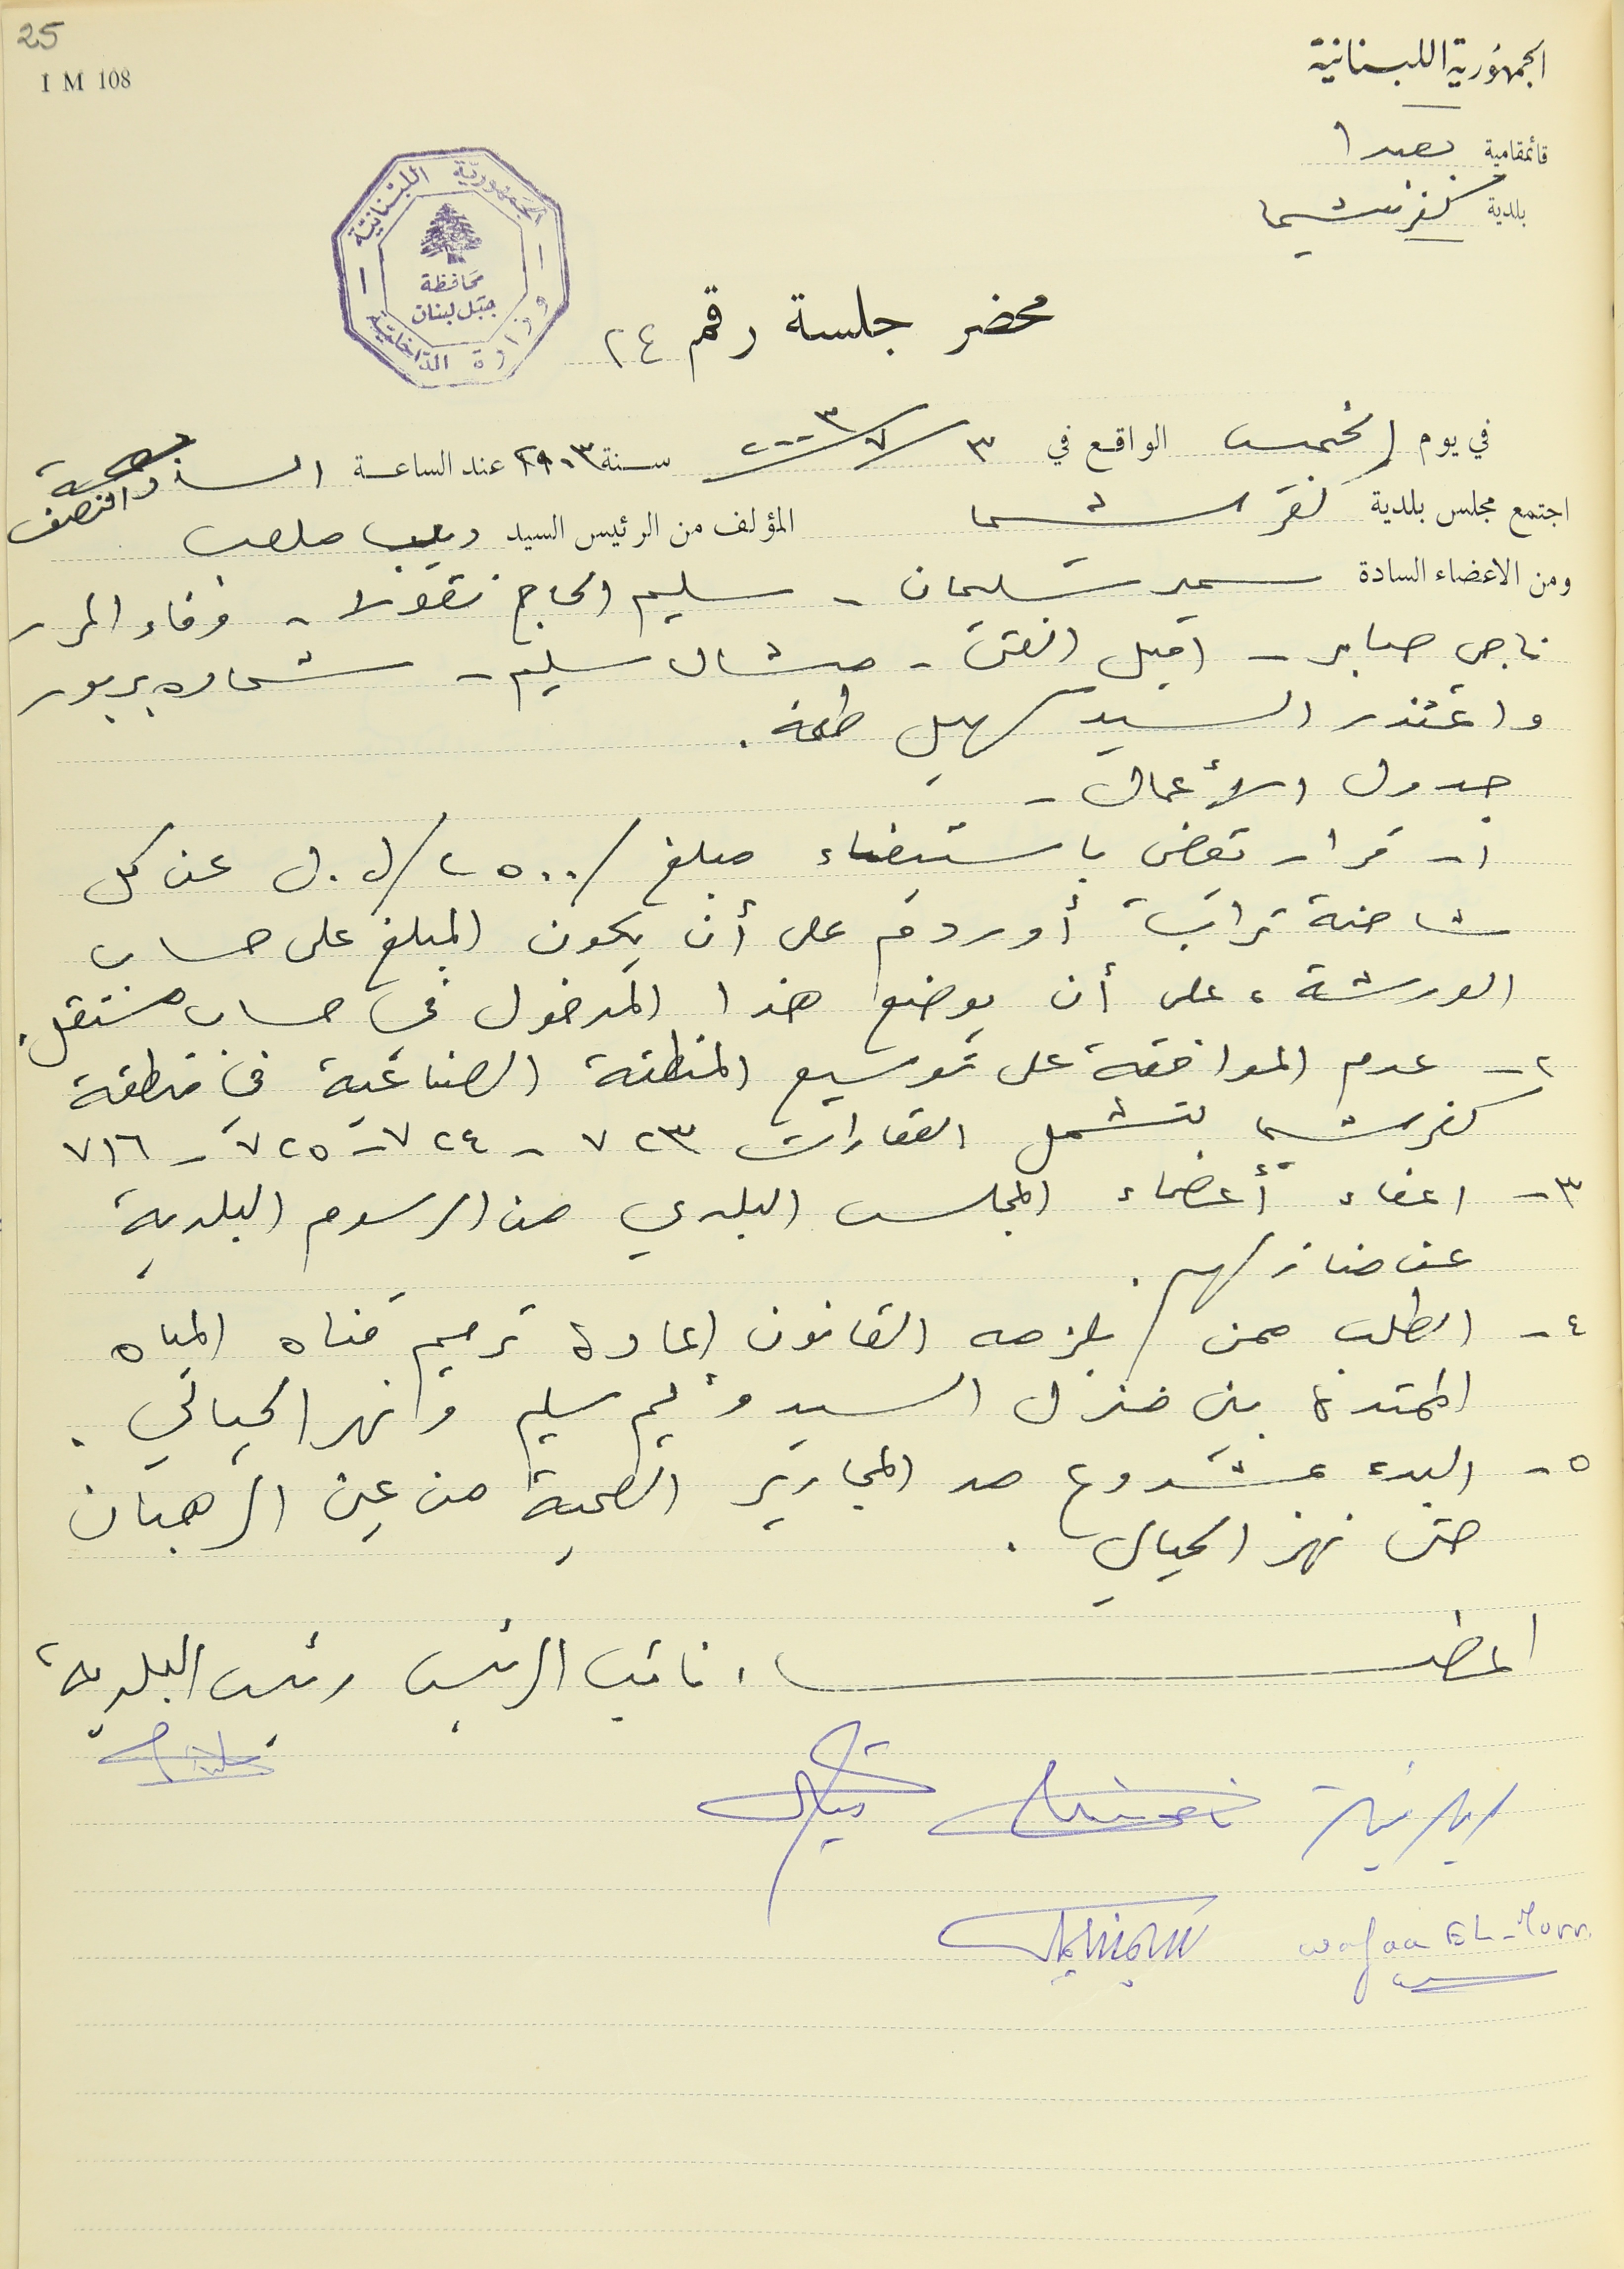
الجمهُورية اللبنانية
بلدية كفرشيما
 محضرجلسة رقم ٢٤
في يوم الخميس الواقع في ٢٠٠٣/٧/٣ سنة ٢٠٠٣ عند الساعة السادسة والنصف
اجتمع مجلس بلدية كفرشيما المؤلف من الرئيس السيد ديب ملعب
ومن الاعضاء السادة سمير سليمان -. سليم الحاج نقولا - وفاء المر
ناجي صابر - اميل الفتى- ميشال سليم - شحاده بربور
واعتذر السيد سهيل طعمه.
جدول الأعمال .
١ - قرار يقضي باستيفاء مبلغ /٢٥٠٠/ ل. ل عن كل
شاحنة تراب أو ردمَ على أن يكون المبلغ على حساب
الورشة، على أن يوضع هذا المدخول في حساب مستقل.
كفرشيما تشمل العقارات ٧٢٣ - ٧٢٤ - ٧٢٥ - ٧١٦
٣ - اعفاء أعضاء المجلس البلدي من الرسوم البلدية
عن منازلهم.
٤ - الطلب ممن يلزمه القانون اعادة ترميم قناه المياه
الممتدة بين منزل السيد وليم سليم ونهر الحيالي.
٥ - البدء بمشروع مد المجارير الصحية من عين الرهبان
 حتى نهر الحيالي.
اعضاء نائب الرئيس رئيس البلدية
 Wafaa EL-Murr
قائمقامية بعبدا
25
1 M 108
الجمهوريّة اللبْنانيَة - وزارة الدَاخليّة محَافظة جبَل لبنان
٢ - عدم الموافقة على توسيع المنطقة الصناعية في منطقة